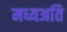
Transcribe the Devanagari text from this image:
मध्यअति